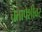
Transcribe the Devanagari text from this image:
चेतापेशीवर